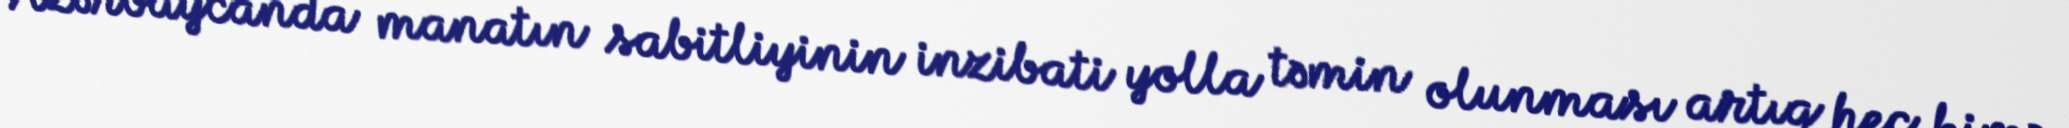
Azərbaycanda manatın sabitliyinin inzibati yolla təmin olunması artıq heç kimə